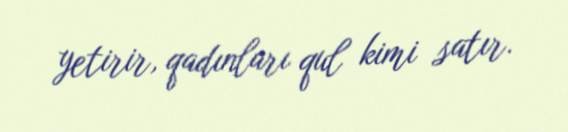
yetirir, qadınları qul kimi satır.